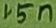
Text: 15n